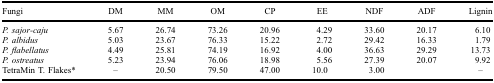
<table><thead><tr><td><b>Fungi</b></td><td><b>DM</b></td><td><b>MM</b></td><td><b>OM</b></td><td><b>CP</b></td><td><b>EE</b></td><td><b>NDF</b></td><td><b>ADF</b></td><td><b>Lignin</b></td></tr></thead><tbody><tr><td><i>P. sajor-caju</i></td><td>5.67</td><td>26.74</td><td>73.26</td><td>20.96</td><td>4.29</td><td>33.60</td><td>20.17</td><td>6.10</td></tr><tr><td><i>P. albidus</i></td><td>5.03</td><td>23.67</td><td>76.33</td><td>15.22</td><td>2.72</td><td>29.42</td><td>16.33</td><td>1.79</td></tr><tr><td><i>P. flabellatus</i></td><td>4.49</td><td>25.81</td><td>74.19</td><td>16.92</td><td>4.00</td><td>36.63</td><td>29.29</td><td>13.73</td></tr><tr><td><i>P. ostreatus</i></td><td>5.23</td><td>23.94</td><td>76.06</td><td>18.98</td><td>5.56</td><td>27.39</td><td>20.07</td><td>9.92</td></tr><tr><td>TetraMin T. Flakes*</td><td>–</td><td>20.50</td><td>79.50</td><td>47.00</td><td>10.0</td><td colspan="2">3.00</td><td>–</td></tr></tbody></table>